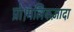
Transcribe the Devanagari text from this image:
प्रो।मलिकज़ादा